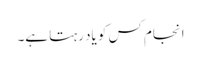
انجام کس کو یاد رہتا ہے۔